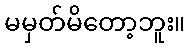
မမှတ်မိတော့ဘူး။